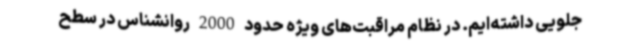
جلویی داشته‌ایم. در نظام مراقبت‌های ویژه حدود 2000 روانشناس در سطح